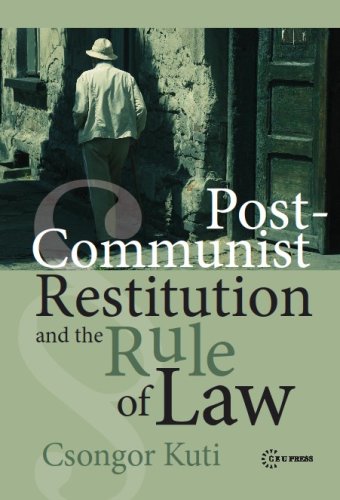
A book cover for Post-Communist Restitution and the Rule of Law; Csongor Kuti; Law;